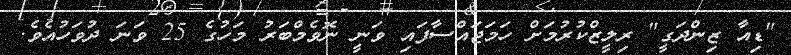
"ޑިއާ ޒިންދަގީ" ރިލީޒްކުރުމަށް ހަމަޖައްސާފައި ވަނީ ނޮވެމްބަރު މަހުގެ 25 ވަނަ ދުވަހުއެވެ.